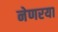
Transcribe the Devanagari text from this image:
नेणरया